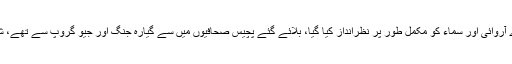
’’وزیراعظم سے ملاقات کے لئے من پسند صحافیوں کو مدعو کیا گیا، ایکسپریس میڈیا گروپ، اے آروائی اور سماء کو مکمل طور پر نظرانداز کیا گیا، بلائے گئے پچیس صحافیوں میں سے گیارہ جنگ اور جیو گروپ سے تھے، شرکاء سے بھی کہا گیا کہ سخت سوالات نہ کئے جائیں، یہ دعویٰ ذرائع کے حوالے سے کیا گیا‘‘۔